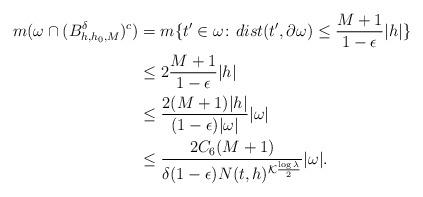
LaTeX: \begin{align*}m(\omega\cap (B^\delta_{h,h_0,M})^c)&= m \{ t' \in \omega \colon dist(t', \partial\omega) \leq \frac{M+1}{1-\epsilon}|h|\} \\ &\le 2\frac{M+1}{1-\epsilon}|h| \\&\le\frac{2(M+1)|h|}{(1-\epsilon)|\omega|} |\omega| \\&\le \frac{2C_6(M+1)}{\delta (1-\epsilon) N(t,h)^{\mathcal{K} \frac{\log \lambda}{2}} } |\omega|. \end{align*}